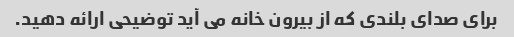
برای صدای بلندی که از بیرون خانه می آید توضیحی ارائه دهید.